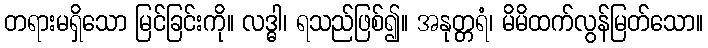
တရားမရှိသော မြင်ခြင်းကို။ လဒ္ဓါ၊ ရသည်ဖြစ်၍။ အနုတ္တရံ၊ မိမိထက်လွန်မြတ်သော။